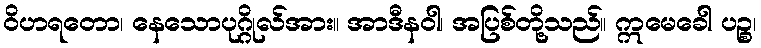
ဝိဟရတော၊ နေသောပုဂ္ဂိုလ်အား။ အာဒီနဝါ၊ အပြစ်တို့သည်။ ဣမေခေါ ပဉ္စ၊